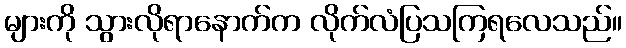
များကို သွားလိုရာနောက်က လိုက်လံပြသကြရလေသည်။